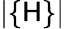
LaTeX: |\{ \mathsf{H}\} |